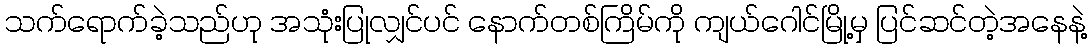
သက်ရောက်ခဲ့သည်ဟု အသုံးပြုလျှင်ပင် နောက်တစ်ကြိမ်ကို ကျယ်ဂေါင်မြို့မှ ပြင်ဆင်တဲ့အနေနဲ့